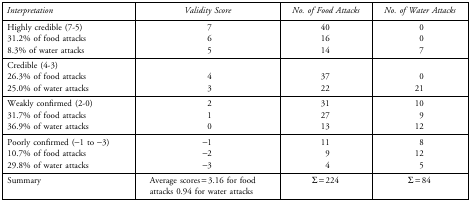
| Interpretation | Validity Score | No. of Food Attacks | No. of Water Attacks |
 | --- | --- | --- | --- |
 | Highly credible (7-5) | 7 | 40 | 0 |
 | 31.2% of food attacks | 6 | 16 | 0 |
 | 8.3% of water attacks | 5 | 14 | 7 |
 | Credible (4-3) |  |  |  |
 | 26.3% of food attacks | 4 | 37 | 0 |
 | 25.0% of water attacks | 3 | 22 | 21 |
 | Weakly confirmed (2-0) | 2 | 31 | 10 |
 | 31.7% of food attacks | 1 | 27 | 9 |
 | 36.9% of water attacks | 0 | 13 | 12 |
 | Poorly confirmed (−1 to −3) | −1 | 11 | 8 |
 | 10.7% of food attacks | −2 | 9 | 12 |
 | 29.8% of water attacks | −3 | 4 | 5 |
 | Summary | Average scores = 3.16 for food attacks 0.94 for water attacks | Σ = 224 | Σ = 84 |